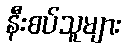
နီးစပ်သူများ